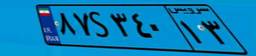
۸۷S۳۴۰۱۳